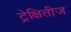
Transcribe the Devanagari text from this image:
ट्रेक्षितीज